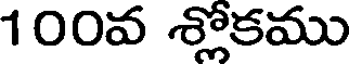
100వ శ్లోకము